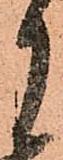
月